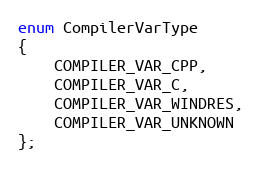
Language: C
enum CompilerVarType
{
	COMPILER_VAR_CPP,
	COMPILER_VAR_C,
	COMPILER_VAR_WINDRES,
	COMPILER_VAR_UNKNOWN
};